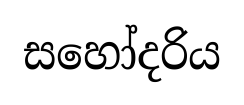
සහෝදරිය